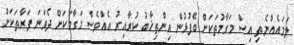
ލަމައެއްނެތި އިސް މަގާމުތަކަށް ބޭފުޅުން އިންތިޚާބު ކުރާއިރު އެއްވެސް މަގާމަކަށް ދެވަނަ ފަރާތަކަށް